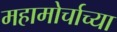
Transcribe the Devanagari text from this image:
महामोर्चाच्या